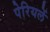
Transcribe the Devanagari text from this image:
पेरियलें